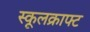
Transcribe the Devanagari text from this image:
स्कूलक्राफ्ट